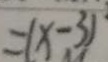
= ( x - 3 )